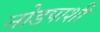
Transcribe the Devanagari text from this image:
नोडपाशी